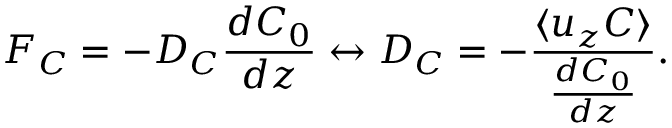
F _ { C } = - D _ { C } \frac { d C _ { 0 } } { d z } \leftrightarrow D _ { C } = - \frac { \langle { u } _ { z } { C } \rangle } { \frac { d C _ { 0 } } { d z } } .